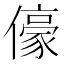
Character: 儫